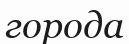
города